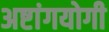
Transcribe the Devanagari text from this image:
अष्टांगयोगी